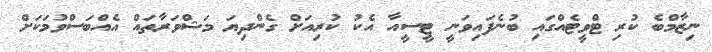
ނިޒާމްބެ ކުރި ޓްވީޓެއްގައި ބުނެފައިވަނީ ޓީސީއާ އެކު ކުރިއަށް ގެންދިޔަ މަޝްވަރާތައް އެއްބަސްވުމަކަށް